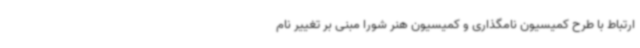
ارتباط با طرح کمیسیون نامگذاری و کمیسیون هنر شورا مبنی بر تغییر نام